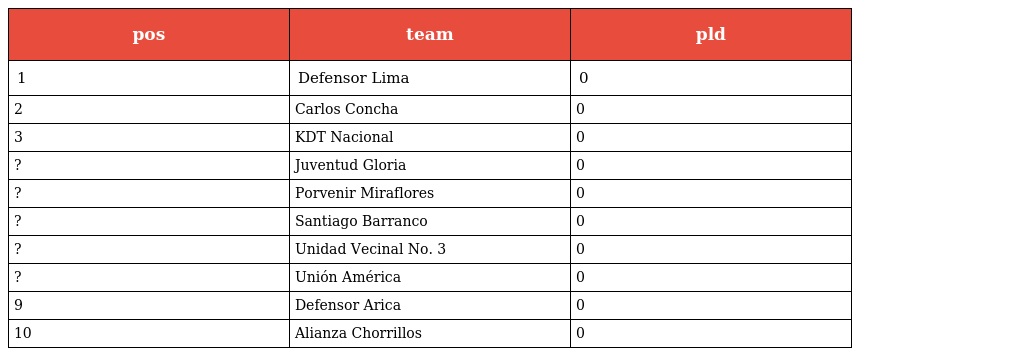
| pos | team | pld |
 | --- | --- | --- |
 | 1 | Defensor Lima | 0 |
 | 2 | Carlos Concha | 0 |
 | 3 | KDT Nacional | 0 |
 | ? | Juventud Gloria | 0 |
 | ? | Porvenir Miraflores | 0 |
 | ? | Santiago Barranco | 0 |
 | ? | Unidad Vecinal No. 3 | 0 |
 | ? | Unión América | 0 |
 | 9 | Defensor Arica | 0 |
 | 10 | Alianza Chorrillos | 0 |